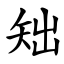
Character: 䂐